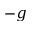
- g